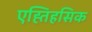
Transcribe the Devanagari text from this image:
एह्तिहसिक